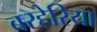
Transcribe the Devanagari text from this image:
बरहेरिया